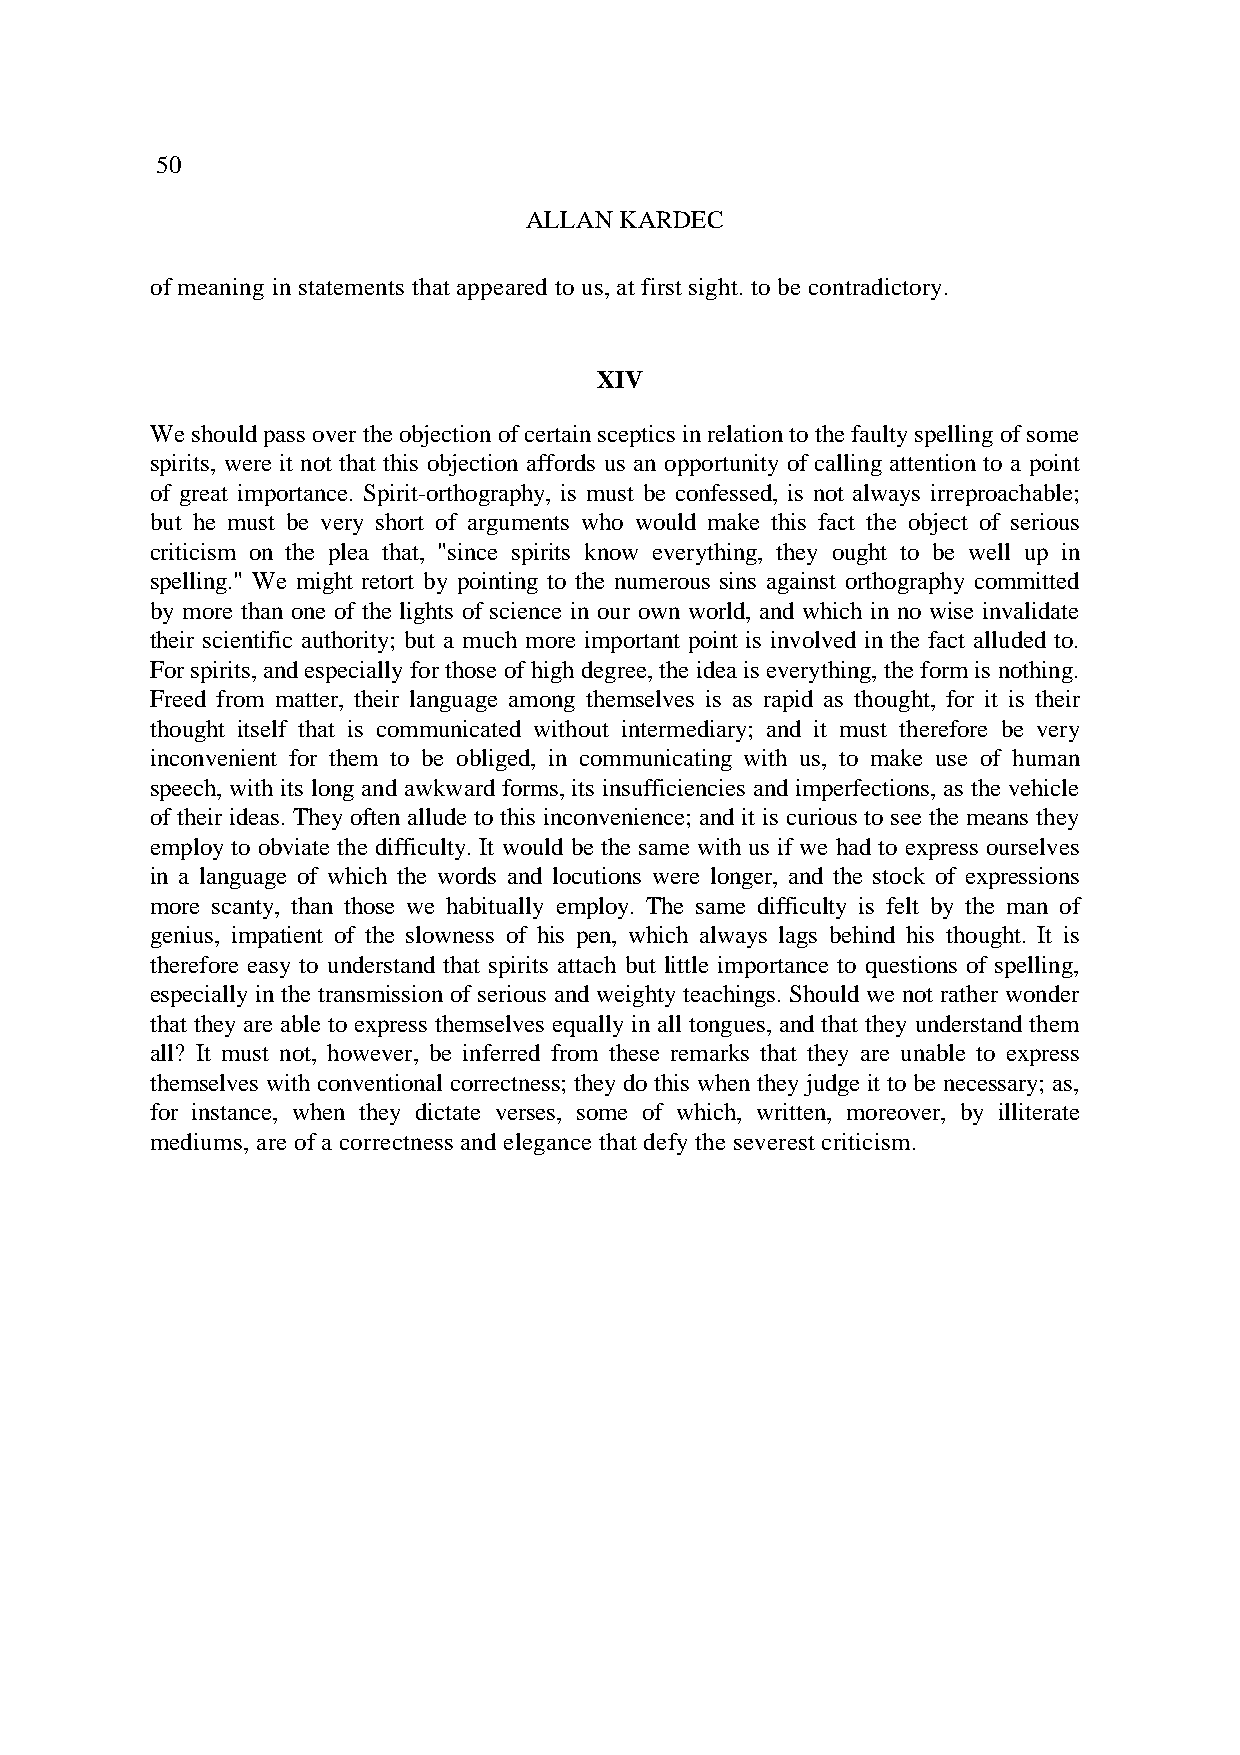
50
 ALLAN KARDEC
 of meaning in statements that appeared to us, at first sight. to be contradictory.
 XIV
 We should pass over the objection of certain sceptics in relation to the faulty spelling of some
 spirits, were it not that this objection affords us an opportunity of calling attention to a point
 of great importance. Spirit-orthography, is must be confessed, is not always irreproachable;
 but he must be very short of arguments who would make this fact the object of serious
 criticism on the plea that, "since spirits know everything, they ought to be well up in
 spelling." We might retort by pointing to the numerous sins against orthography committed
 by more than one of the lights of science in our own world, and which in no wise invalidate
 their scientific authority; but a much more important point is involved in the fact alluded to.
 For spirits, and especially for those of high degree, the idea is everything, the form is nothing.
 Freed from matter, their language among themselves is as rapid as thought, for it is their
 thought itself that is communicated without intermediary; and it must therefore be very
 inconvenient for them to be obliged, in communicating with us, to make use of human
 speech, with its long and awkward forms, its insufficiencies and imperfections, as the vehicle
 of their ideas. They often allude to this inconvenience; and it is curious to see the means they
 employ to obviate the difficulty. It would be the same with us if we had to express ourselves
 in a language of which the words and locutions were longer, and the stock of expressions
 more scanty, than those we habitually employ. The same difficulty is felt by the man of
 genius, impatient of the slowness of his pen, which always lags behind his thought. It is
 therefore easy to understand that spirits attach but little importance to questions of spelling,
 especially in the transmission of serious and weighty teachings. Should we not rather wonder
 that they are able to express themselves equally in all tongues, and that they understand them
 all? It must not, however, be inferred from these remarks that they are unable to express
 themselves with conventional correctness; they do this when they judge it to be necessary; as,
 for instance, when they dictate verses, some of which, written, moreover, by illiterate
 mediums, are of a correctness and elegance that defy the severest criticism.